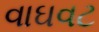
વાઘવટ